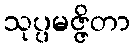
သုပ္ပမဇ္ဇိတာ